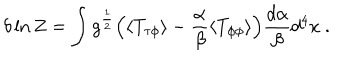
\delta \ln Z = \int g ^ { \frac { 1 } { 2 } } \Bigl ( \langle T _ { \tau \phi } \rangle - { \frac { \alpha } { \beta } } \langle T _ { \phi \phi } \rangle \Bigr ) { \frac { d \alpha } { \beta } } d ^ { 4 } x \space .